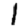
Digit: 1